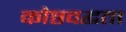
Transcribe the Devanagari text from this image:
कोष्ठवद्धता